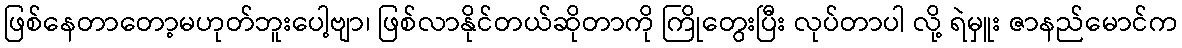
ဖြစ်နေတာတော့မဟုတ်ဘူးပေါ့ဗျာ၊ ဖြစ်လာနိုင်တယ်ဆိုတာကို ကြိုတွေးပြီး လုပ်တာပါ လို့ ရဲမှူး ဇာနည်မောင်က